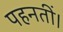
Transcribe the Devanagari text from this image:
पहनतीं।